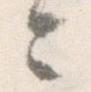
に